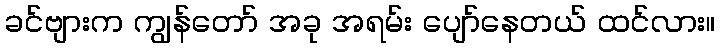
ခင်ဗျားက ကျွန်တော် အခု အရမ်း ပျော်နေတယ် ထင်လား။